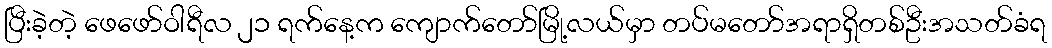
ပြီးခဲ့တဲ့ ဖေဖော်ဝါရီလ ၂၁ ရက်နေ့က ကျောက်တော်မြို့လယ်မှာ တပ်မတော်အရာရှိတစ်ဦးအသတ်ခံရ